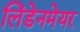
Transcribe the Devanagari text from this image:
लिंडेनमेयर